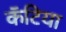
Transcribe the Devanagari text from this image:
कॅटिया